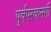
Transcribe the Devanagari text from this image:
पुर्वपरवानगी